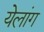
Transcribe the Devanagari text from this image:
येलांग